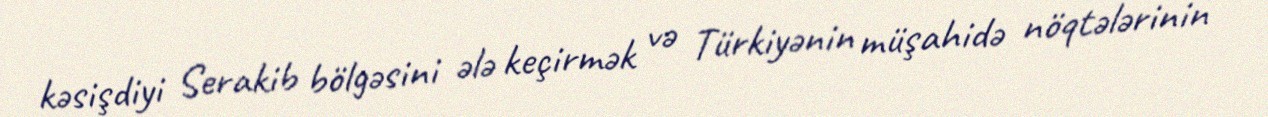
kəsişdiyi Serakib bölgəsini ələ keçirmək və Türkiyənin müşahidə nöqtələrinin